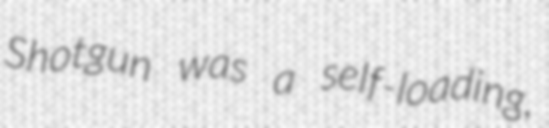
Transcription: Shotgun was a self-loading,